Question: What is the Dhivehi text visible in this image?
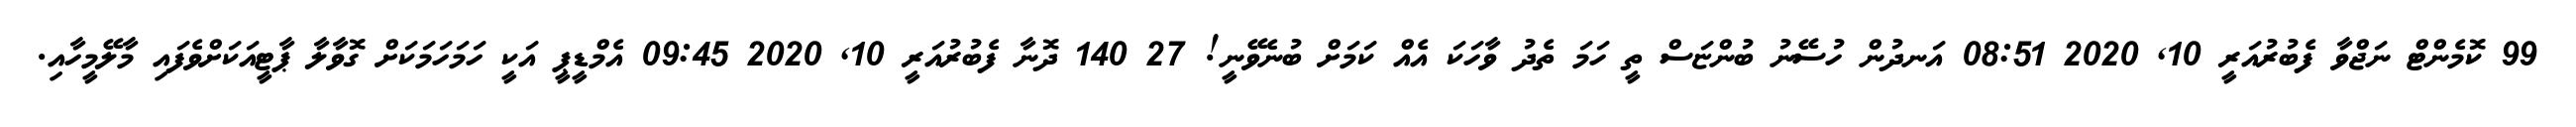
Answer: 99 ކޮމެންޓް ނަޖްވާ ފެބުރުއަރީ 10, 2020 08:51 އަނދުން ހުސޭނު ބުންޏަސް ތީ ހަމަ ތެދު ވާހަކަ އެއް ކަމަށް ބުނެވޭނީ! 27 140 ދޮނާ ފެބުރުއަރީ 10, 2020 09:45 އެމްޑީޕީ އަކީ ހަމަހަމަކަށް ގޮވާލާ ޕާޓީއަކަށްވެފައި މާލޭމީހާއި.